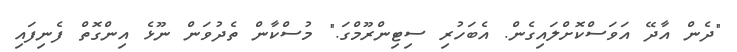
"ދެން އާދޭ އަވަސްކޮށްލައިގެން. އެބަހުރި ސިޓިންރޫމްގަ." މުސްކާން ތެދުވަން ނޫޅެ އިންގޮތް ފެނިފައި